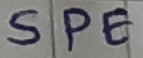
Text: SPE